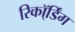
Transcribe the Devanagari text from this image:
रिकॉ्र्डिंग